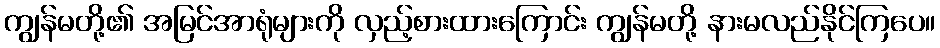
ကျွန်မတို့၏ အမြင်အာရုံများကို လှည့်စားထားကြောင်း ကျွန်မတို့ နားမလည်နိုင်ကြပေ။